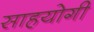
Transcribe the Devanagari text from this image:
साहयोगी